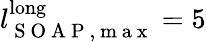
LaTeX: l_{\mathrm{~S~O~A~P~,~m~a~x~}}^{\mathrm{long}}=5